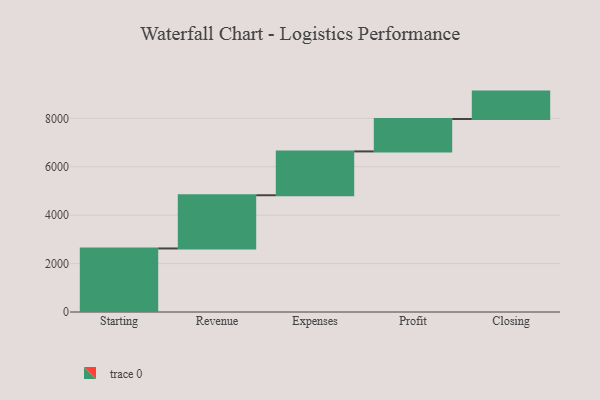
{"axis": {"x": "Step", "y": "Value"}, "legend": [""], "data": [{"x": "Starting", "y": 2625.0, "type": ""}, {"x": "Revenue", "y": 2198.0, "type": ""}, {"x": "Expenses", "y": 1811.0, "type": ""}, {"x": "Profit", "y": 1339.0, "type": ""}, {"x": "Closing", "y": 1132.0, "type": ""}]}